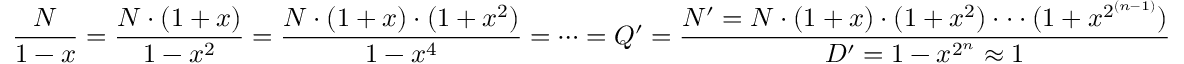
{ \frac { N } { 1 - x } } = { \frac { N \cdot ( 1 + x ) } { 1 - x ^ { 2 } } } = { \frac { N \cdot ( 1 + x ) \cdot ( 1 + x ^ { 2 } ) } { 1 - x ^ { 4 } } } = \cdots = Q ^ { \prime } = { \frac { N ^ { \prime } = N \cdot ( 1 + x ) \cdot ( 1 + x ^ { 2 } ) \cdot \cdot \cdot ( 1 + x ^ { 2 ^ { ( n - 1 ) } } ) } { D ^ { \prime } = 1 - x ^ { 2 ^ { n } } \approx 1 } }